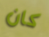
كان